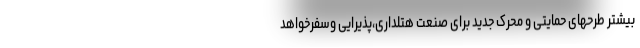
بیشتر طرحهای حمایتی و محرک جدید برای صنعت هتلداری،پذیرایی وسفرخواهد